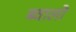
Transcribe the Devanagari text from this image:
ब्वालो